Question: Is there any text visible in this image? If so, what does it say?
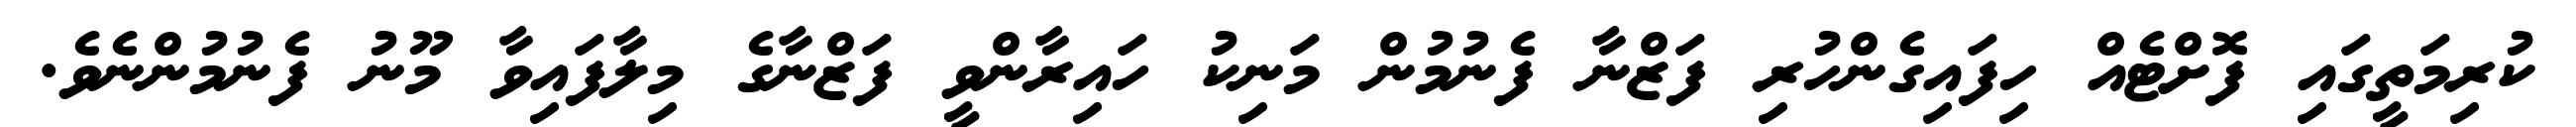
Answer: ކުރިމަތީގައި ފޮށްޓެއް ހިފައިގެންހުރި ފަޒްނާ ފެނުމުން މަނިކު ހައިރާންވީ ފަޒްނާގެ މިލާފައިވާ މޫނު ފެނުމުންނެވެ.